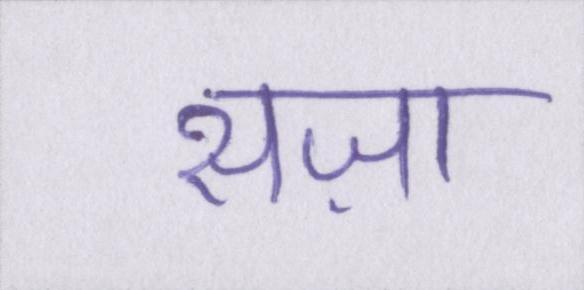
सज़ा